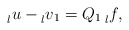
\begin{align*} \prescript{}{l}{u}-\prescript{}{l}{v}_1=Q_1 \prescript{}{l}{f},\end{align*}